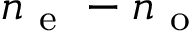
n _ { \mathrm { ~ e ~ } } - n _ { \mathrm { ~ o ~ } }